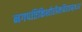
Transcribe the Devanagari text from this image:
नगपतिकिशोरीमविरतम्॥३॥